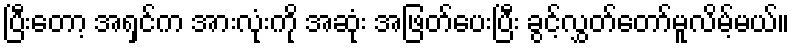
ပြီးတော့ အရှင်က အားလုံးကို အဆုံး အဖြတ်ပေးပြီး ခွင့်လွှတ်တော်မူလိမ့်မယ်။